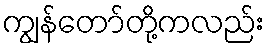
ကျွန်တော်တို့ကလည်း